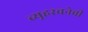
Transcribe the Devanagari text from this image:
व्यूहरचनेची